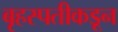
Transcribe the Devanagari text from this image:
बृहस्पतीकडून